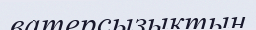
ватерсызықтың